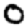
Digit: 0